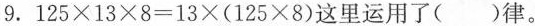
9.125×13×8=13×(125×8)这里运用了()律。